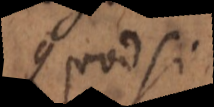
Quodsi